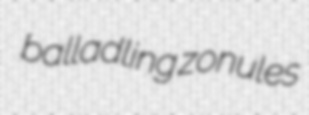
balladling zonules